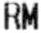
RM